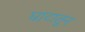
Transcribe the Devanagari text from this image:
घाटातुन